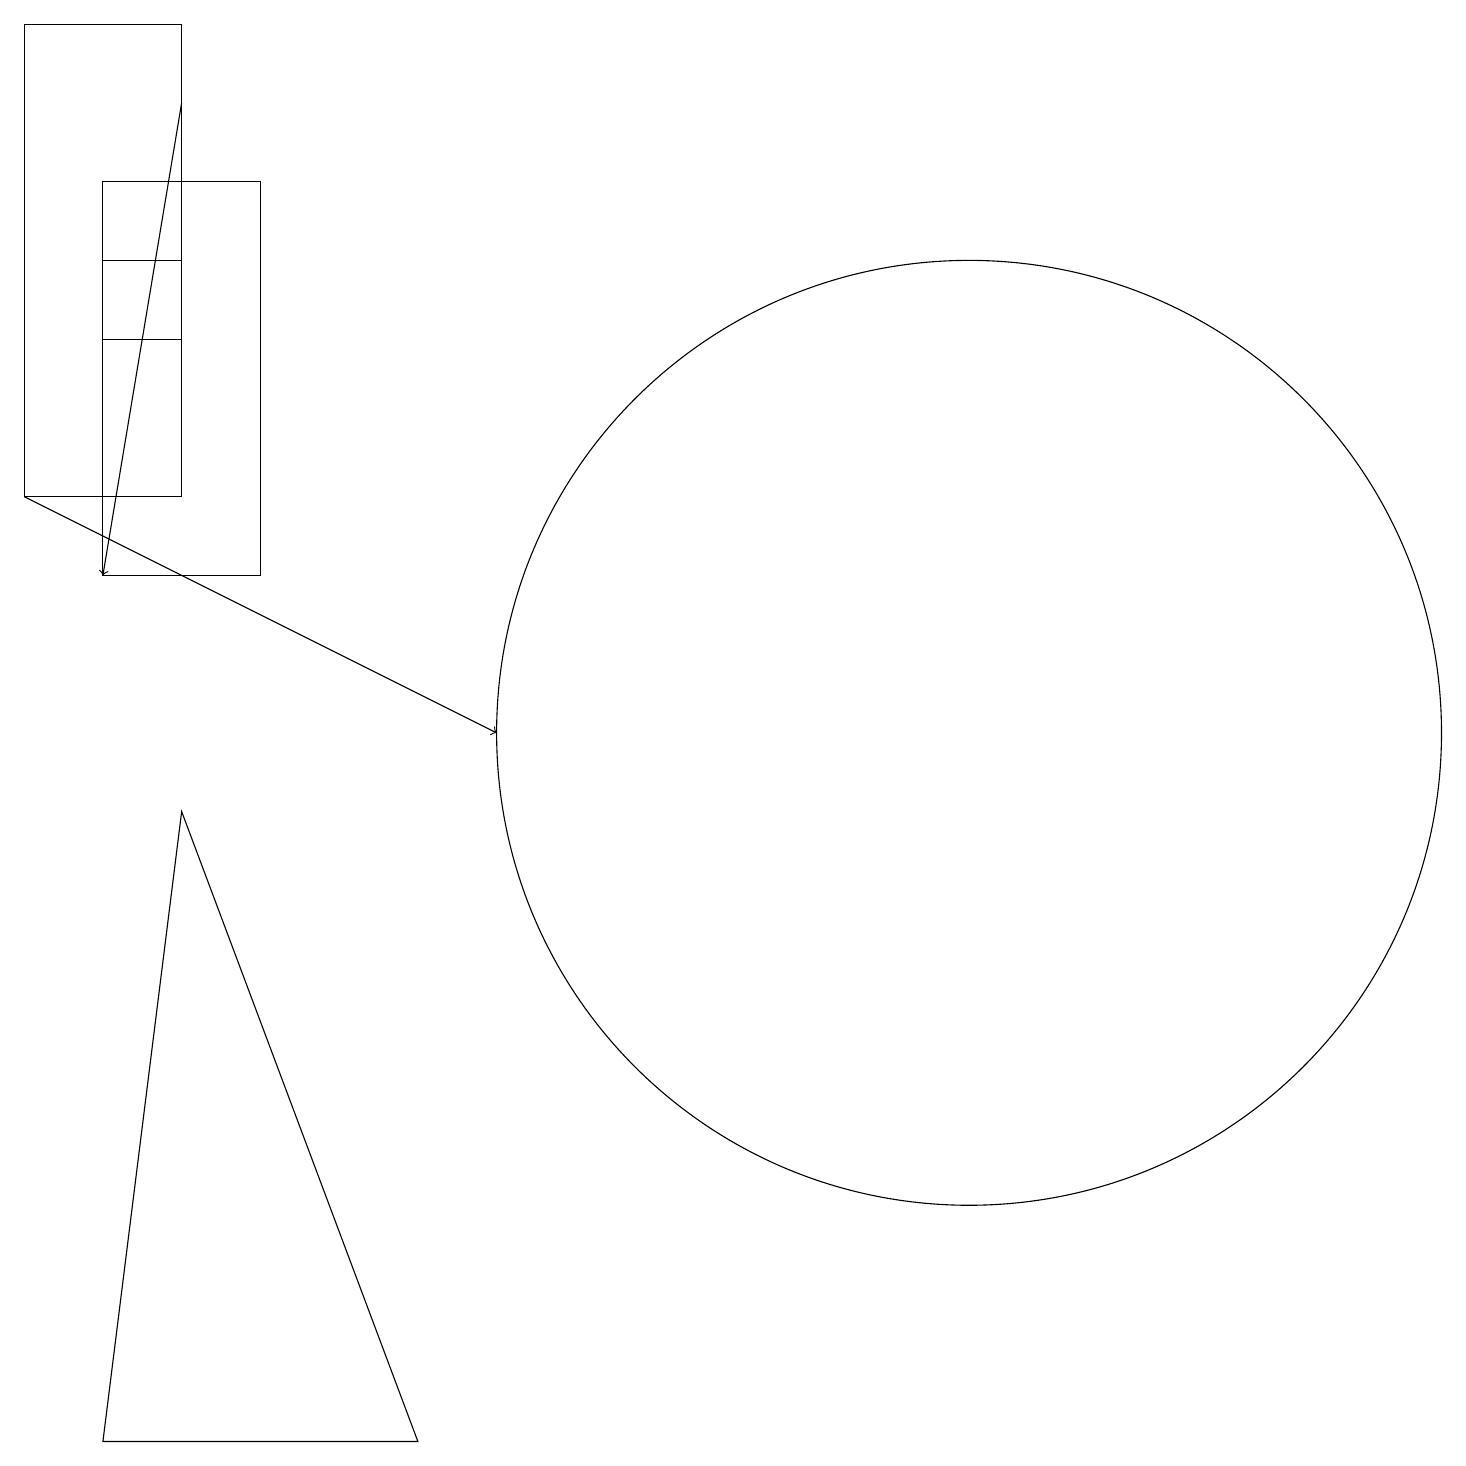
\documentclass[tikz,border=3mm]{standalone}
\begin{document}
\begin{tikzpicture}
\draw (1,15) rectangle (2,16);
\draw (3,17) rectangle (1,12);
\draw[->] (0,13) -- (6,10);
\draw (5,1) -- (1,1) -- (2,9) -- cycle;
\draw (0,19) rectangle (2,13);
\draw (12,10) circle (6);
\draw[->] (2,18) -- (1,12);
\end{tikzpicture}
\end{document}